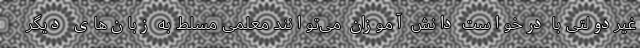
غیردولتی با درخواست دانش آموزان می‌توانند معلمی مسلط به زبان‌های دیگر